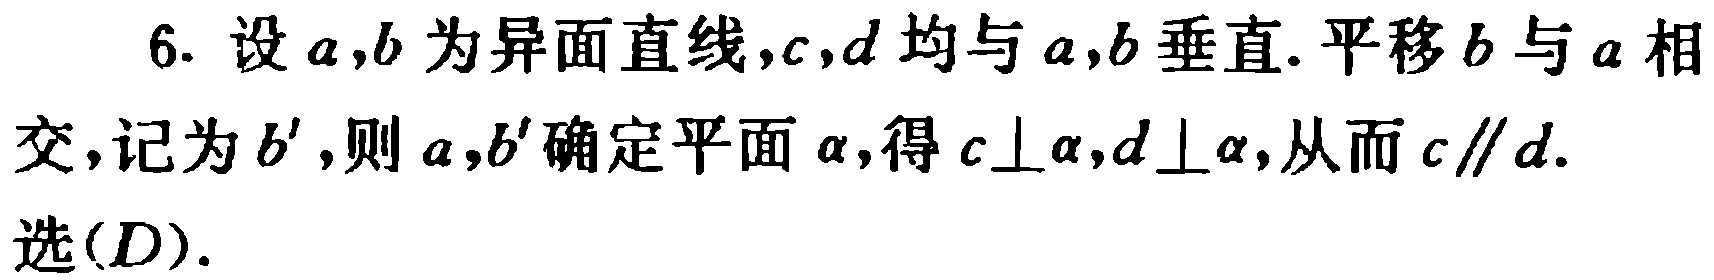
6. 设\(a,b\)为异面直线，\(c,d\)均与\(a,b\)垂直. 平移\(b\)与\(a\)相交，记为\(b'\)，则\(a,b'\)确定平面\(\alpha\)，得\(c\perp\alpha,d\perp\alpha\)，从而\(c\parallel d\).

选\((D)\).